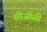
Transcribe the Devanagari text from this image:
सीजीसी